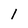
Character: l